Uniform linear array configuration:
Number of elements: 24
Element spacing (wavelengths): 0.75
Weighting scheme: blackman
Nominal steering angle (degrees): -60
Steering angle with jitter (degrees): -60.153
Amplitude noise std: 0.05
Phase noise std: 0.05

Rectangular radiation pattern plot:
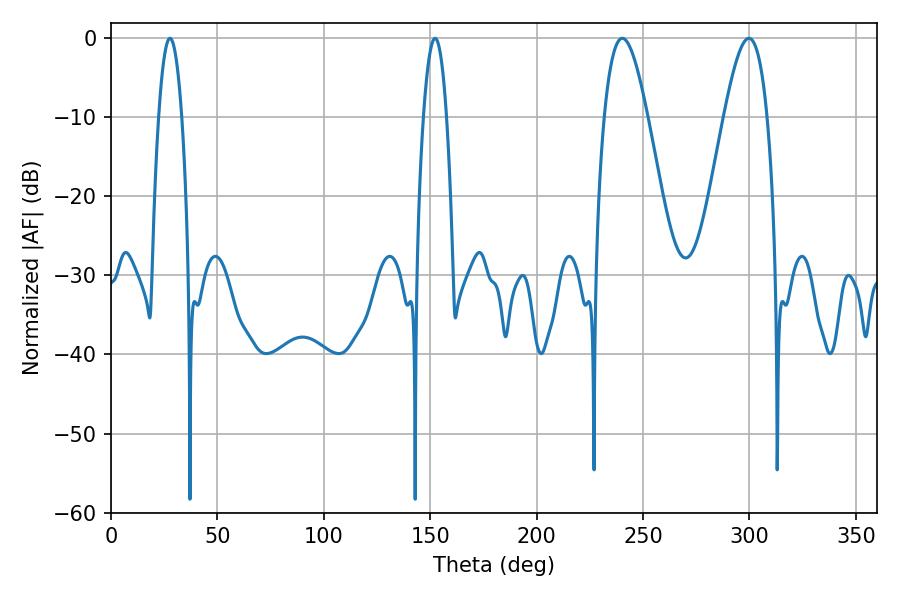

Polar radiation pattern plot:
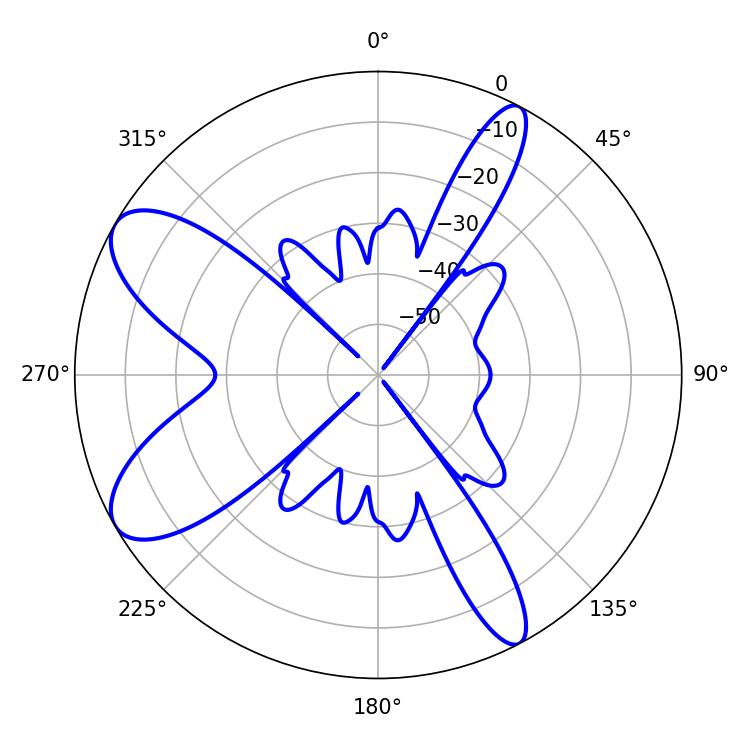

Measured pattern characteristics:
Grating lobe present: TRUE
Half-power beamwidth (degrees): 5.94
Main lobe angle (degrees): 27.72